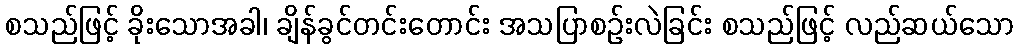
စသည်ဖြင့် ခိုးသောအခါ၊ ချိန်ခွင်တင်းတောင်း အသပြာစဉ်းလဲခြင်း စသည်ဖြင့် လည်ဆယ်သော